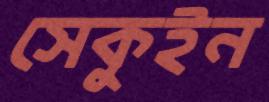
সেকুইন